Vaccination in Bombay 1902-1912 - 1902-1912
Year: 1902
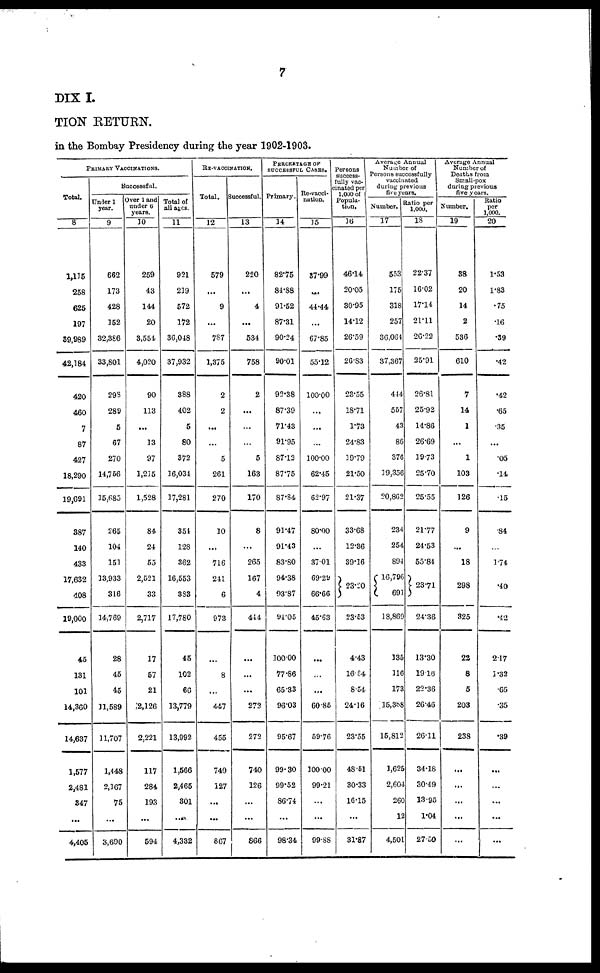
7
DIX I.
TION RETURN.
in the Bombay Presidency during the year 1902-1903.
PRIMARY VACCINATIONS.
Total.
8
1,115
258
625
197
39,989
42,184
420
460
7
87
427
18,290
19,691
387
140
433
17,632
408
19,000
45
131
101
14,360
14,637
1,577
2,481
347
...
4,405
Successful.
Under 1
year.
9
662
173
428
152
32,386
33,801
298
289
5
67
270
14,756
15,685
265
104
151
13,933
316
14,769
28
45
45
11,589
11,707
1,448
2,167
75
...
3,690
Over 1 and
under 6
years.
10
259
43
144
20
3,554
4,020
90
113
...
13
97
1,215
1,528
84
24
55
2,521
33
2,717
17
57
21
2,126
2,221
117
284
193
...
594
Total of
all ages.
11
921
219
572
172
36,048
37,932
388
402
5
80
372
16,034
17,281
354
128
362
16,553
383
17,780
45
102
66
13,779
13,992
1,566
2,465
301
...
4,332
RE-VACCINATION.
Total.
12
579
...
9
...
787
1,375
2
2
...
...
5
261
270
10
...
716
241
6
973
...
8
...
447
455
740
127
...
...
867
Successful.
13
220
...
4
...
534
758
2
...
...
...
5
163
170
8
...
265
167
4
444
...
...
...
272
272
740
126
...
...
866
PERCENTAGE OF
SUCCESSFUL CASES.
Primary.
14
82.75
84.88
91.52
87.31
90.24
90.01
92.38
87.39
71.43
91.95
87.12
87.75
87.84
91.47
91.43
83.80
94.38
93.87
94.05
100.00
77.86
65.33
96.03
95.67
99.30
99.52
86.74
...
98.34
Re-vacci-
nation.
15
37.99
...
44.44
...
67.85
55.12
100.00
...
...
...
100.00
62.45
62.97
80.00
...
37.01
69.29
66.66
45.63
...
...
...
60.85
59.76
100.00
99.21
...
...
99.88
Persons
success-
fully vac-
cinated per
1,000 of
Popula-
tion.
16
46.14
20.05
30.95
14.12
26.59
26.83
23.55
18.71
1.73
24.83
19.79
21.50
21.37
33.68
12.36
39.16
23.20
23.53
4.43
16.84
8.54
24.16
23.55
48.51
30.33
16.15
...
31.87
Average Annual
Number of
Persons successfully
vaccinated
during previous
five years.
Number.
17
553
175
318
257
36,064
37,367
444
557
43
86
376
19,356
20,862
234
254
894
16,796
691
18,869
135
116
173
15,388
15,812
1,625
2,604
260
12
4,501
Ratio per
1,000.
18
22.37
16.02
17.14
21.11
26.22
25.91
26.81
25.92
14.86
26.69
19.73
25.70
25.55
21.77
24.53
55.84
23.71
24.36
13.30
19.16
22.36
26.46
26.11
34.18
30.49
13.95
1.04
27.59
Average Annual
Number of
Deaths from
Small-pox
during previous
five years.
Number.
19
38
20
14
2
536
610
7
14
1
...
1
103
126
9
...
18
298
325
22
8
5
203
238
...
...
...
...
...
Ratio
per
1,000.
20
1.53
1.83
.75
.16
.39
.42
.42
.65
.35
...
.05
.14
.15
.84
...
1.74
.40
.42
2.17
1.32
.65
.35
.39
...
...
...
...
...